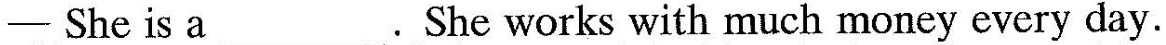
-She is a . She works with much money every day.